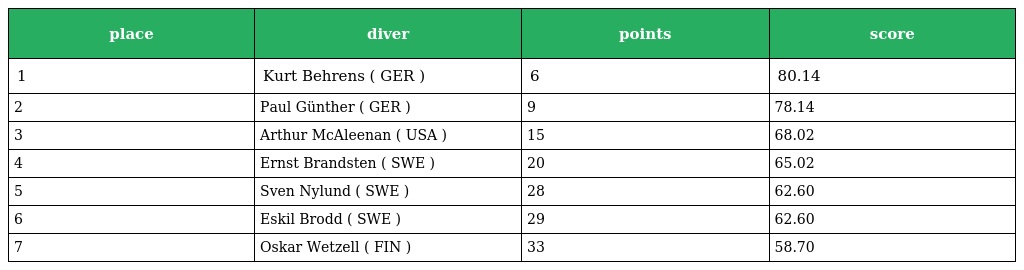
| place | diver | points | score |
 | --- | --- | --- | --- |
 | 1 | Kurt Behrens ( GER ) | 6 | 80.14 |
 | 2 | Paul Günther ( GER ) | 9 | 78.14 |
 | 3 | Arthur McAleenan ( USA ) | 15 | 68.02 |
 | 4 | Ernst Brandsten ( SWE ) | 20 | 65.02 |
 | 5 | Sven Nylund ( SWE ) | 28 | 62.60 |
 | 6 | Eskil Brodd ( SWE ) | 29 | 62.60 |
 | 7 | Oskar Wetzell ( FIN ) | 33 | 58.70 |